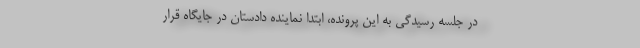
در جلسه رسیدگی به این پرونده، ابتدا نماینده دادستان در جایگاه قرار